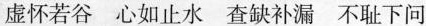
虚怀若谷 心如止水 查缺补漏 不耻下问